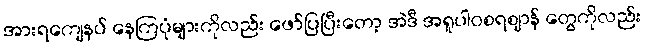
အားရကျေနပ် နေကြပုံများကိုလည်း ဖော်ပြပြီးတော့ အဲဒီ အရူပါဝစရဈာန် တွေကိုလည်း